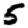
Digit: 5